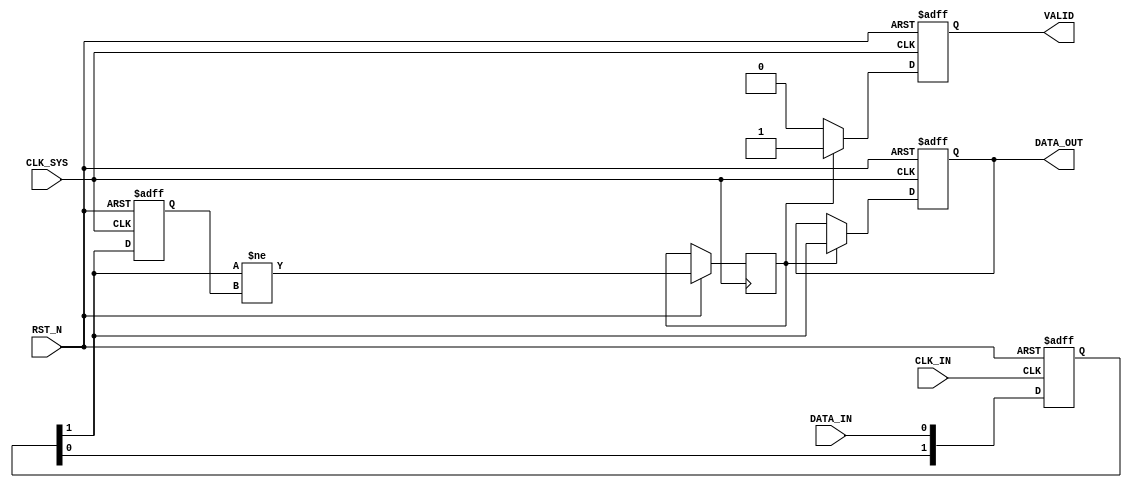
module async_to_sync_converter (
    input wire CLK_SYS,       // System clock
    input wire RST_N,        // Active low reset signal
    input wire DATA_IN,      // Asynchronous data input
    input wire CLK_IN,       // Asynchronous clock input
    output reg DATA_OUT,     // Synchronized data output
    output reg VALID         // Valid signal for DATA_OUT
);

    reg [1:0] sync_ff;       // Synchronizer flip-flops
    reg prev_data_in;        // Previous state of DATA_IN
    reg data_change;         // Signal to indicate a change in DATA_IN

    // Dual flip-flop synchronizer
    always @(posedge CLK_IN or negedge RST_N) begin
        if (!RST_N) begin
            sync_ff <= 2'b00;
        end else begin
            sync_ff <= {sync_ff[0], DATA_IN};  // Shift in DATA_IN
        end
    end

    // Valid signal generation and data output
    always @(posedge CLK_SYS or negedge RST_N) begin
        if (!RST_N) begin
            DATA_OUT <= 1'b0;
            VALID <= 1'b0;
            prev_data_in <= 1'b0;
        end else begin
            // Detect change in synchronized data
            data_change <= (sync_ff[1] != prev_data_in);
            if (data_change) begin
                DATA_OUT <= sync_ff[1]; // Update DATA_OUT
                VALID <= 1'b1;          // Assert VALID signal
            end else begin
                VALID <= 1'b0;          // Deassert VALID if no change
            end
            prev_data_in <= sync_ff[1]; // Update previous state
        end
    end

endmodule